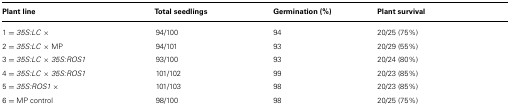
<table><thead><tr><td><b>Plant line</b></td><td><b>Total seedlings</b></td><td><b>Germination (%)</b></td><td><b>Plant survival</b></td></tr></thead><tbody><tr><td>1 = <i>35S:LC</i>×</td><td>94/100</td><td>94</td><td>20/25 (75%)</td></tr><tr><td>2 = <i>35S:LC</i> × MP</td><td>94/101</td><td>93</td><td>20/29 (55%)</td></tr><tr><td>3 = <i>35S:LC</i> × <i>35S:ROS1</i></td><td>93/100</td><td>93</td><td>20/24 (80%)</td></tr><tr><td>4 = <i>35S:LC</i> × <i>35S:ROS1</i></td><td>101/102</td><td>99</td><td>20/23 (85%)</td></tr><tr><td>5 = <i>35S:ROS1</i>×</td><td>101/103</td><td>98</td><td>20/23 (85%)</td></tr><tr><td>6 = MP control</td><td>98/100</td><td>98</td><td>20/25 (75%)</td></tr></tbody></table>